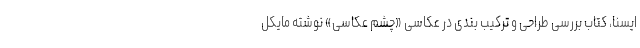
ایسنا، کتاب بررسی طراحی و ترکیب بندی در عکاسی «چشم عکاسی» نوشته مایکل